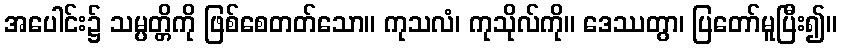
အပေါင်း၌ သမ္ပတ္တိကို ဖြစ်စေတတ်သော။ ကုသလံ၊ ကုသိုလ်ကို။ ဒေဿတွာ၊ ပြတော်မူပြီး၍။